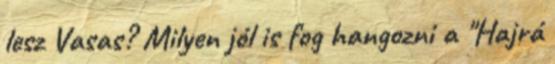
lesz Vasas? Milyen jól is fog hangozni a "Hajrá